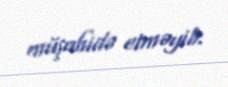
müşahidə etməyib.